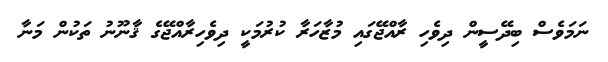
ނަމަވެސް ބިދޭސީން ދިވެހި ރާއްޖޭގައި މުޒާހަރާ ކުރުމަކީ ދިވެހިރާއްޖޭގެ ޤާނޫނު ތަކުން މަނާ